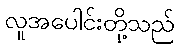
လူအပေါင်းတို့သည်